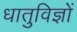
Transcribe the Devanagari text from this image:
धातुविज्ञों